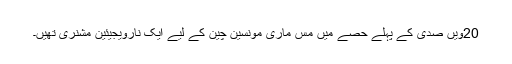
20ویں صدی کے پہلے حصے میں مِس ماری مونسین چین کے لیے ایک نارویجیئین مشنری تھیں۔